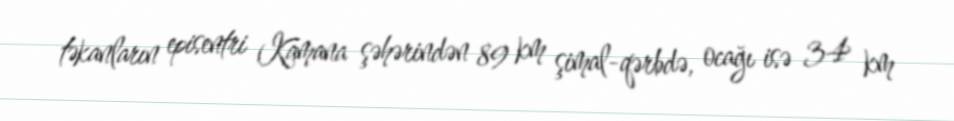
təkanların episentri Kamana şəhərindən 89 km şimal-qərbdə, ocağı isə 34 km